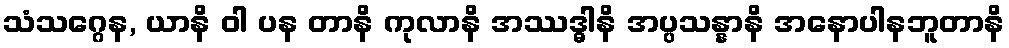
သံသဂ္ဂေန, ယာနိ ဝါ ပန တာနိ ကုလာနိ အဿဒ္ဓါနိ အပ္ပသန္နာနိ အနောပါနဘူတာနိ